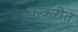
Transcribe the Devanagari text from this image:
ककरीत